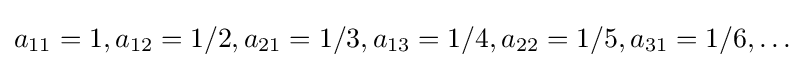
a_{11}=1,a_{12}=1/2,a_{21}=1/3,a_{13}=1/4,a_{22}=1/5,a_{31}=1/6,\dots